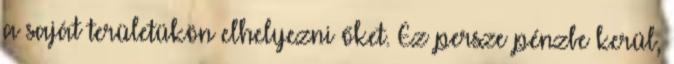
a saját területükön elhelyezni őket. Ez persze pénzbe kerül,